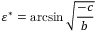
\varepsilon ^ { * } = \arcsin { \sqrt { \frac { - c } { b } } }